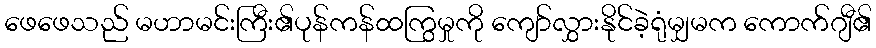
ဖေဖေသည် မဟာမင်းကြီး၏ပုန်ကန်ထကြွမှုကို ကျော်လွှားနိုင်ခဲ့ရုံမျှမက ကောက်ဂျီ၏